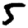
Digit: 5